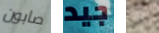
صابون جيد في